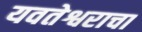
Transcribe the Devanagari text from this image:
यवतेश्वराचा